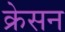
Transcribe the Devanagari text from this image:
क्रेसन